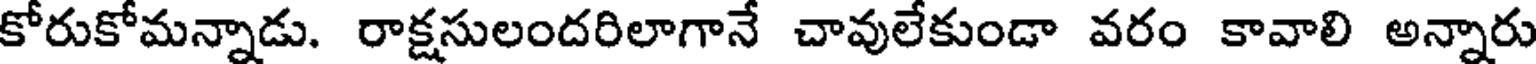
కోరుకోమన్నాడు. రాక్షసులందరిలాగానే చావులేకుండా వరం కావాలి అన్నారు